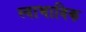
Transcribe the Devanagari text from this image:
स्‍वाभाविक